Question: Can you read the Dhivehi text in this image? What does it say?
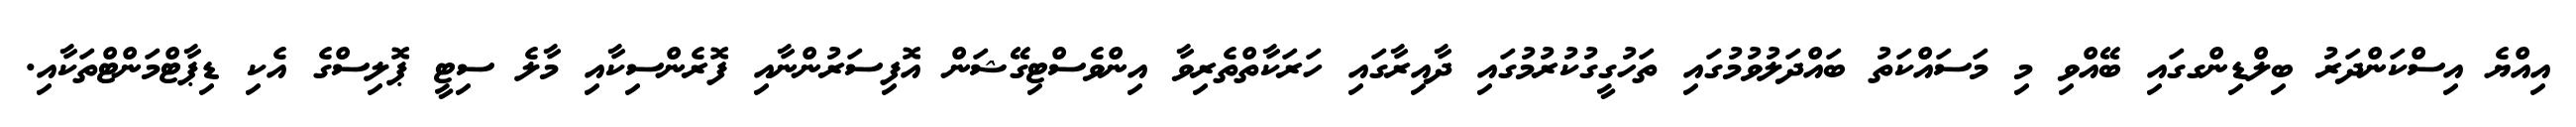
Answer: އިއްޔެ އިސްކަންދަރު ބިލްޑިންގގައި ބޭއްވި މި މަސައްކަތު ބައްދަލުވުމުގައި ތަހުގީގުކުރުމުގައި ދާއިރާގައި ހަރަކާތްތެރިވާ އިންވެސްޓިގޭޝަން އޮފިސަރުންނާއި ފޮރެންސިކާއި މާލެ ސިޓީ ޕޮލިސްގެ އެކި ޑިޕާޓްމަންޓްތަކާއި.